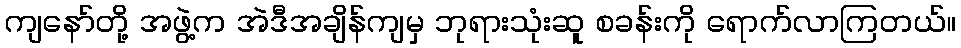
ကျနော်တို့ အဖွဲ့က အဲဒီအချိန်ကျမှ ဘုရားသုံးဆူ စခန်းကို ရောက်လာကြတယ်။